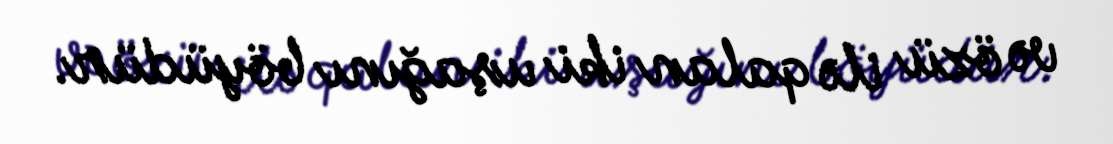
və özü ilə qalan iki uşağını böyüdür.